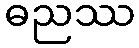
ဓညဿ